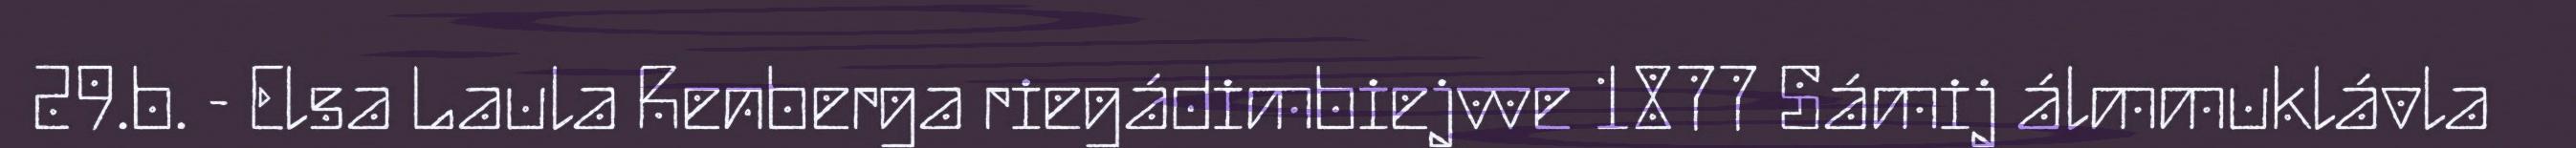
29.b. - Elsa Laula Renberga riegádimbiejvve 1877 Sámij álmmuklávla